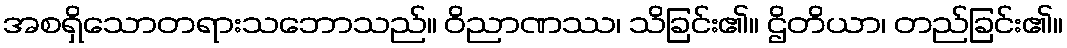
အစရှိသောတရားသဘောသည်။ ဝိညာဏဿ၊ သိခြင်း၏။ ဌိတိယာ၊ တည်ခြင်း၏။